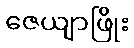
ဇေယျာဖြိုး